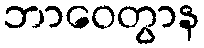
ဘာဝေတွာန